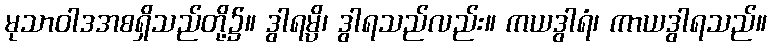
မုသာဝါဒအစရှိသည်တို့၌။ ဒွါရမ္ပိ၊ ဒွါရသည်လည်း။ ကယဒွါရံ၊ ကာယဒွါရသည်။